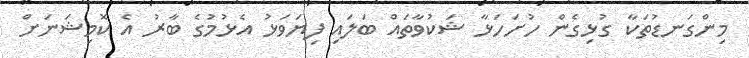
މިންގަނޑުތަކާ ގުޅިގެން ހުށަހަޅާ ޝަކުވާތައް ބަލައި ފިޔަވަޅު އެޅުމުގެ ބާރު އެ ކޮމިޝަނަށް